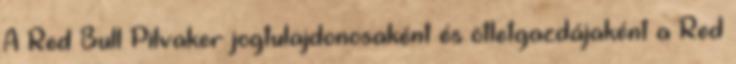
A Red Bull Pilvaker jogtulajdonosaként és ötletgazdájaként a Red